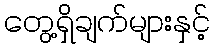
တွေ့ရှိချက်များနှင့်